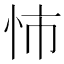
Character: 𢘥